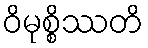
ဝိမုစ္စိဿတိ